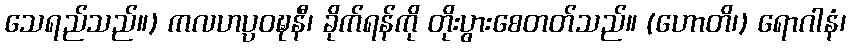
သေရည်သည်။) ကလဟပ္ပဝဍ္ဎနီ၊ ခိုက်ရန်ကို တိုးပွားစေတတ်သည်။ (ဟောတိ၊) ရောဂါနံ၊